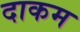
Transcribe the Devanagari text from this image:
दाकम